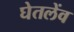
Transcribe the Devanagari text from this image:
घेतलेंव